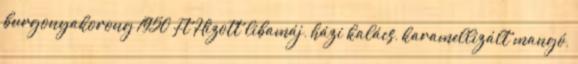
burgonyakorong 1950 Ft Hízott libamáj, házi kalács, karamellizált mangó,